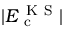
| E _ { \mathrm { ~ c ~ } } ^ { \mathrm { ~ K ~ S ~ } } |